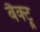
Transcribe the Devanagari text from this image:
बैक्ट्रू